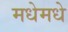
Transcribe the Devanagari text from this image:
मधेमधे